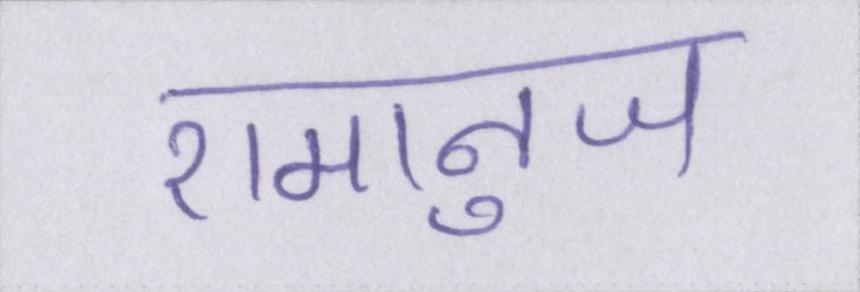
रामानुज